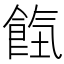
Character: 𩛹